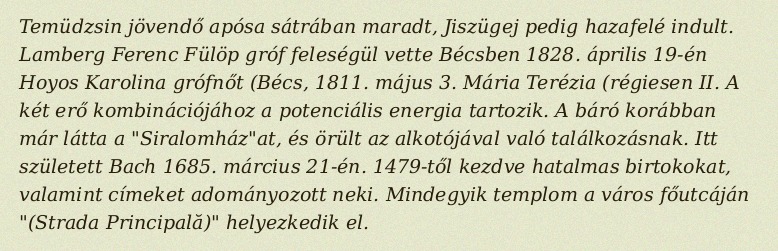
Temüdzsin jövendő apósa sátrában maradt, Jiszügej pedig hazafelé indult. Lamberg Ferenc Fülöp gróf feleségül vette Bécsben 1828. április 19-én Hoyos Karolina grófnőt (Bécs, 1811. május 3. Mária Terézia (régiesen II. A két erő kombinációjához a potenciális energia tartozik. A báró korábban már látta a "Siralomház"at, és örült az alkotójával való találkozásnak. Itt született Bach 1685. március 21-én. 1479-től kezdve hatalmas birtokokat, valamint címeket adományozott neki. Mindegyik templom a város főutcáján "(Strada Principală)" helyezkedik el.